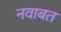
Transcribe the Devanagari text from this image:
नवाबत